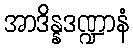
အာဒိန္နဒဏ္ဍာနံ